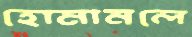
হোমানলে